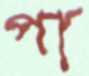
পা